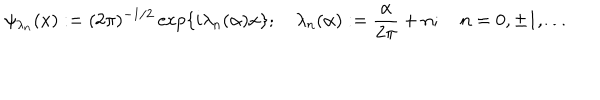
\psi _ { \lambda _ { n } } ( x ) : = ( 2 \pi ) ^ { - 1 / 2 } \exp \{ i \lambda _ { n } ( \alpha ) x \} ; ~ \lambda _ { n } ( \alpha ) : = \frac { \alpha } { 2 \pi } + n ; ~ n = 0 , \pm 1 , \ldots